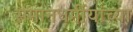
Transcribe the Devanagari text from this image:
समानधर्मीयांच्या